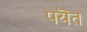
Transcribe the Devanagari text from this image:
पयॆत